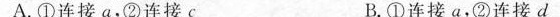
A.①连接a，②连接c B.①连接a，②连接d